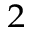
^ 2